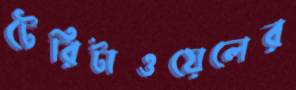
টেরিটাওয়েলের